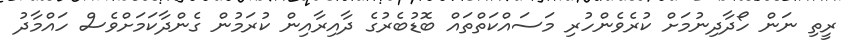
ރީތި ނަން ހޯދާދިނުމަށް ކުރެވެންހުރި މަސައްކަތްތައް ބޮޑުބެރުގެ ދާއިރާއިން ކުރަމުން ގެންދާކަމަށްވެސް ހައްމާދު